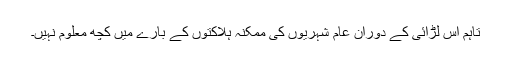
تاہم اس لڑائی کے دوران عام شہریوں کی ممکنہ ہلاکتوں کے بارے میں کچھ معلوم نہیں۔